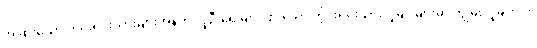
အခြားသော တိုင်းရင်းသားများအနက် လူဦးရေ များပြားသော တိုင်းရင်းသားလူမျိုးများမှာ ကျွမ်းလူမျိုး ၁၆